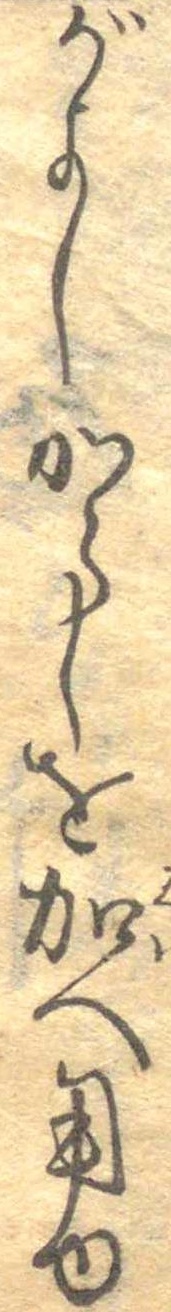
がよしからしを加へ用ゆ